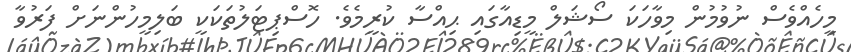
މީހެއްވެސް ނުވުމުން މިވާހަކަ ސޯޝަލް މީޑިއާގައި ޙިއްސާ ކުރީމެވެ. ހޮސްޕިޓަލުތަކަކީ ބަލިމީހުންނަށް ފަރުވާ